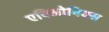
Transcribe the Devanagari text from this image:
एविओनिक्स